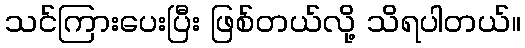
သင်ကြားပေးပြီး ဖြစ်တယ်လို့ သိရပါတယ်။